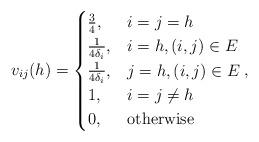
LaTeX: \begin{align*} v_{ij}(h)=\begin{cases}\frac{3}{4},& i=j=h\\ \frac{1}{4\delta_i},& i=h,(i,j)\in E \\ \frac{1}{4\delta_i},& j=h,(i,j)\in E\\ 1,& i=j\not=h\\ 0,& \mbox{otherwise} \end{cases},\end{align*}